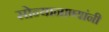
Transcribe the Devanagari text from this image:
सोन्यानाण्यांनी